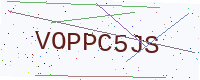
Text: VOPPC5JS